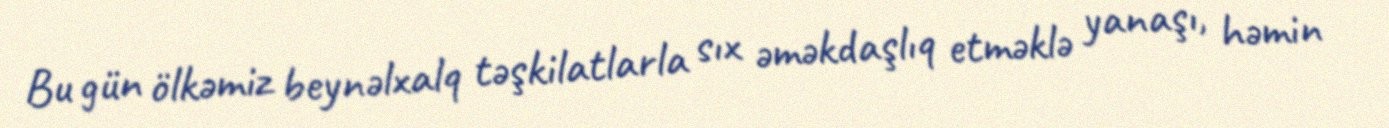
Bu gün ölkəmiz beynəlxalq təşkilatlarla sıx əməkdaşlıq etməklə yanaşı, həmin